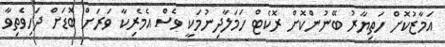
އަމާޒުކޮށް ހަތިޔާރު ބޭނުންކޮށް ރޮކެޓް ހަމަލާދިނުމަކީ ވެސް އެމެރިކާ ވަރަށް ބޮޑަށް ދަހިވެތިވާ